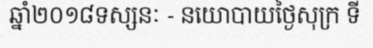
ឆ្នាំ២០១៨ទស្សនៈ - នយោបាយថ្ងៃសុក្រ ទី